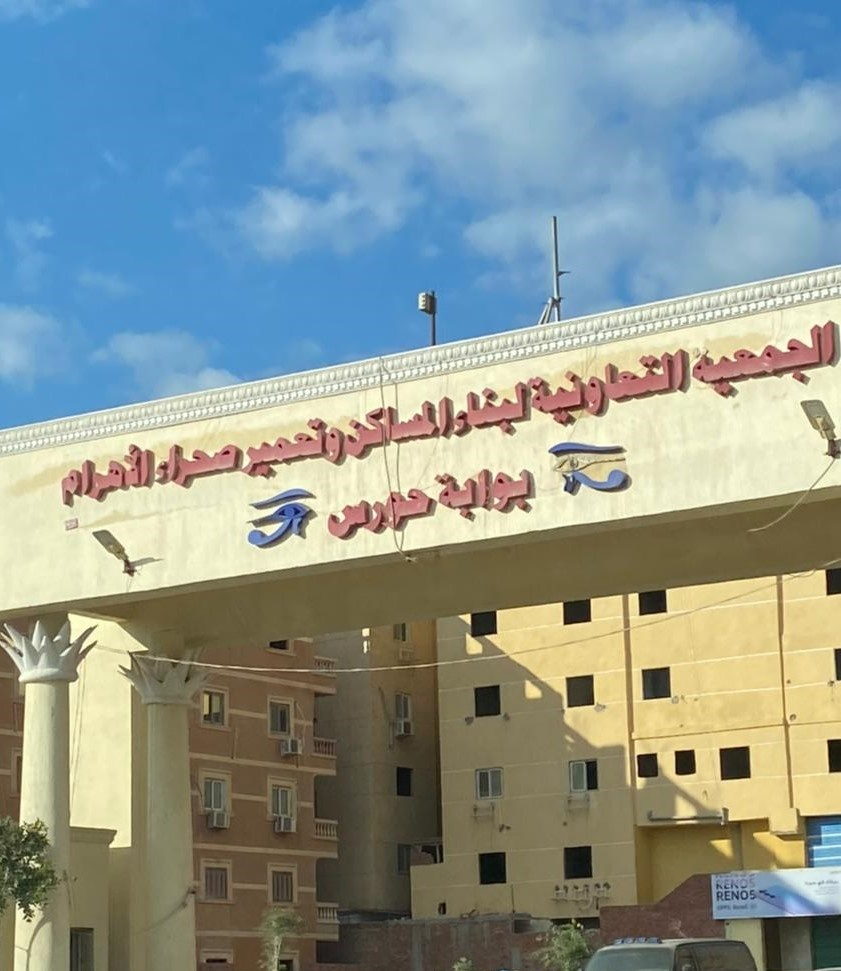
Text in image: الجمعية التعاونية لبناء المساكن وتعمير صحراء الأهرام بوابة حورس